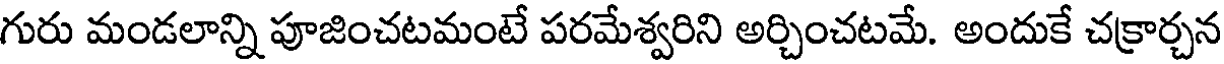
గురు మండలాన్ని పూజించటమంటే పరమేశ్వరిని అర్చించటమే. అందుకే చక్రార్చన